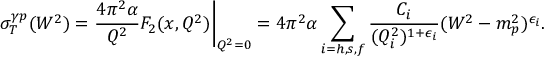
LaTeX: \sigma _ { T } ^ { \gamma p } ( W ^ { 2 } ) = \frac { 4 \pi ^ { 2 } \alpha } { Q ^ { 2 } } F _ { 2 } ( x , Q ^ { 2 } ) \bigg | _ { Q ^ { 2 } = 0 } = 4 \pi ^ { 2 } \alpha \sum _ { i = h , s , f } \frac { C _ { i } } { ( Q _ { i } ^ { 2 } ) ^ { 1 + \epsilon _ { i } } } ( W ^ { 2 } - m _ { p } ^ { 2 } ) ^ { \epsilon _ { i } } .